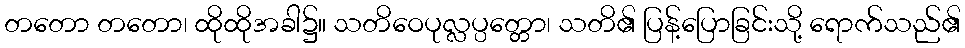
တတော တတော၊ ထိုထိုအခါ၌။ သတိဝေပုလ္လပ္ပတ္တော၊ သတိ၏ ပြန့်ပြောခြင်းသို့ ရောက်သည်၏